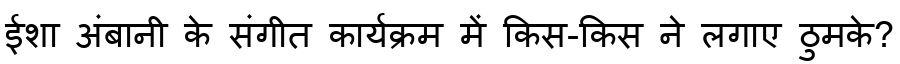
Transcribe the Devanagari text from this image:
ईशा अंबानी के संगीत कार्यक्रम में किस-किस ने लगाए ठुमके?